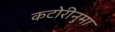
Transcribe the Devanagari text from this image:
कटोरीनुमा